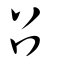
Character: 召